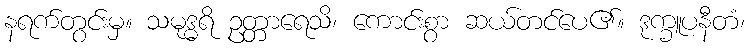
နရက်တွင်းမှ။ သမုဒ္ဓရိ ဥတ္တာရေသိ၊ ကောင်းစွာ ဆယ်တင်ပေ၏။ ဒုက္ခူပနီတံ၊